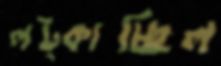
লট্‌কাচ্ছিল